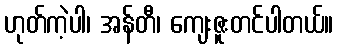
ဟုတ်ကဲ့ပါ၊ အန်တီ၊ ကျေးဇူးတင်ပါတယ်။